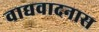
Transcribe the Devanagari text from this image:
वाद्यवादनास